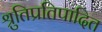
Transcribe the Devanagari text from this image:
श्रुतिप्रतिपादित